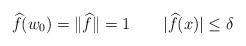
LaTeX: \begin{align*}\widehat{f}(w_0)=\|\widehat{f}\|=1\qquad|\widehat{f}(x)|\leq\delta\quad\end{align*}